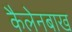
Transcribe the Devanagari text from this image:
कैलेनबाख